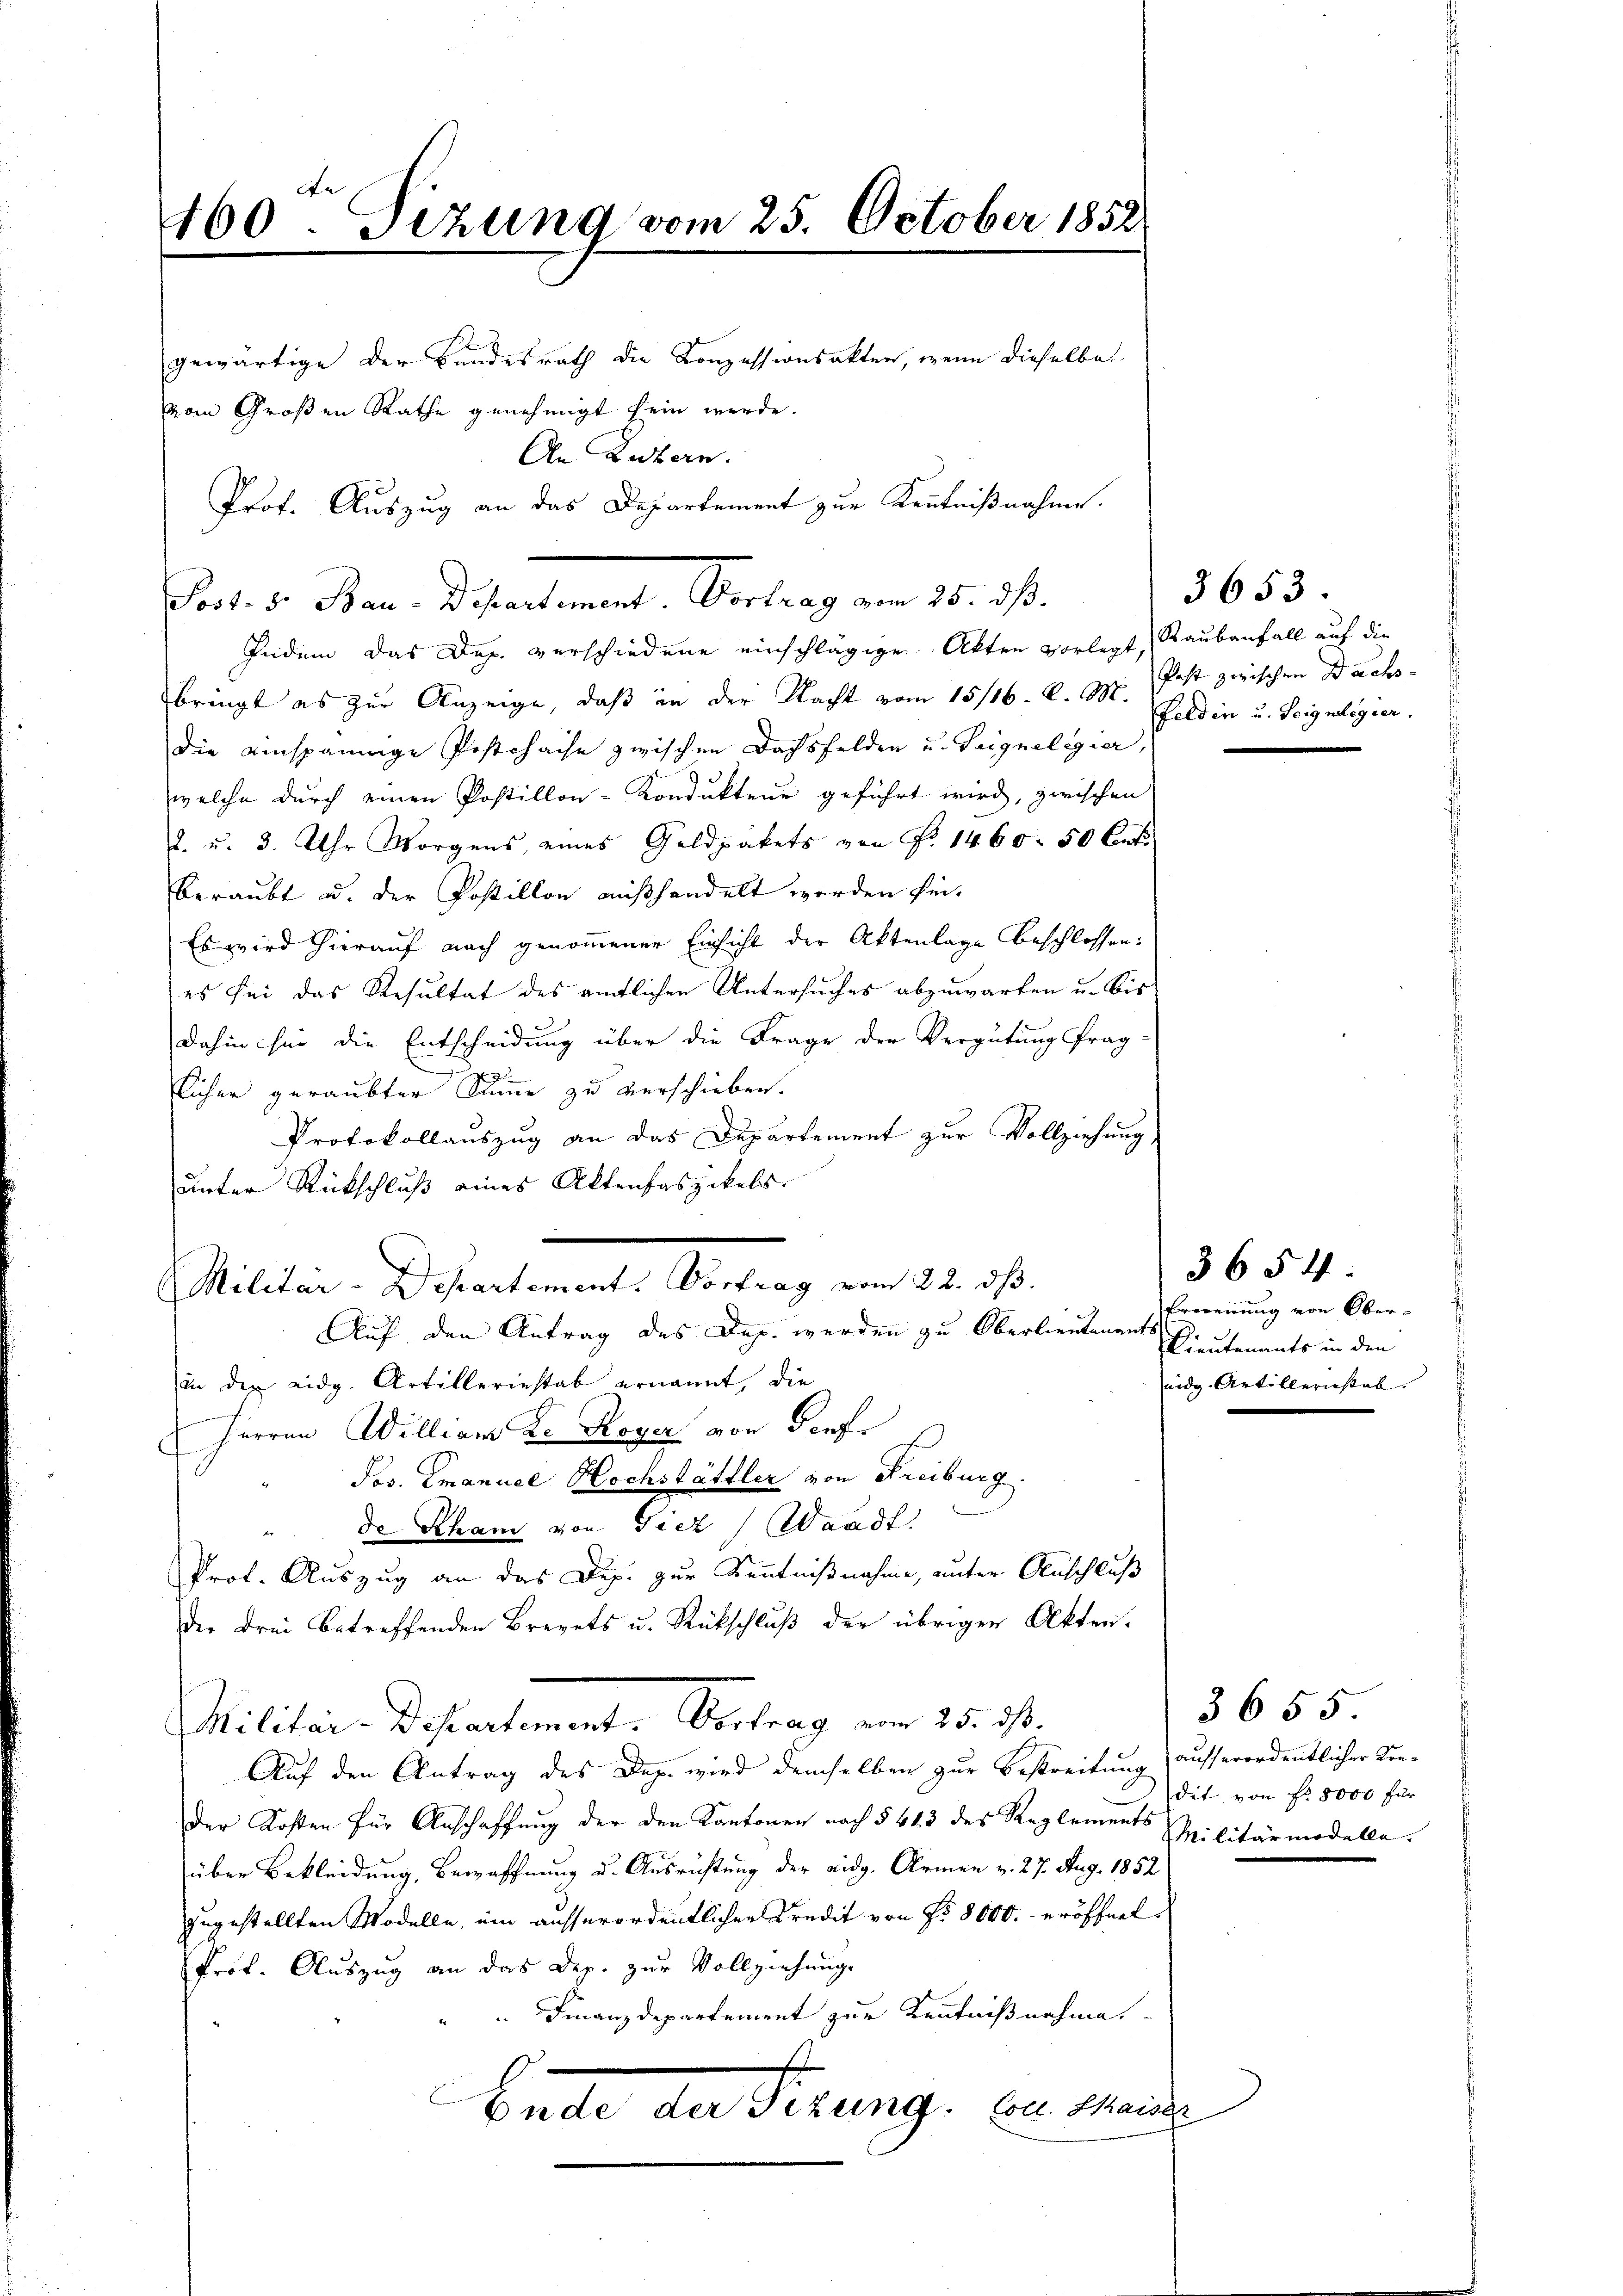
4460. Sizung vom 25. October 1852

gewärtige der Bundesrath die Konzessionsakter, wenn dieselbe
vom Großen Rathe genehmigt sein werde.
An Luzern.

Vort. 5. Bau-Departement. Vortrag am 15. d.

Pedem das Dop. verschiedene einschlägige Akten vorlegt,
bringt es zur Anzeige, daß in der Nacht vom 15/16. A. 997. Past zwischen Dachsdie einspännige Postchache zwischen Dachsfelden u. Seignelegier,
welche durch einen Postillon-Konduktene geführt wird, zwischen
2. u. 3. Uhr Morgens eines Geldpakets von Fr. 1460. 50 Centi
beraubt u. der Postillon außhandelt worden sei.
Es wird hierauf nach genommener Einsicht der Aktenlage beschlossen:
es sei das Resultat des amtlichen Untersuches abzuwarten u. bis
dahin für die Entscheidung über die Frage der Vergütung frag-
licher geraubter Summe zu verschieben.
Protokollauszug an das Departement zur Vollziehung
unter Rückschluß eines Aktenfaszikels.
Militar-Departement. Vortrag vom 22. dβ.
Auf den Antrag des Dep. werden zu Oberlieutenants
in der eidg. Artilleriestab ernannt, die
Herren William de Roger von Genf
Jos. Emanuel Hochstättler von Freiburg.
de Scham von Tier Waadt.
Prot. Auszug an das Dip. zur Kenntnißnahme, unter Anschluß
der drei betreffenden Brevets u. Rückschluß der übrigen Akten.
Militair Departement. Vertrag vom 25. ist.
Auf den Antrag des Dep. wird demselben zur Bestreitung (ausserordentlicher Kre¬
Der Kosten für Anschaffung der den Kantonen nach § 413 des Reglements Militärmodellaüber Bekleidung, Bewaffnung u. Ausrichtung der eidg. Armen v. 27. Aug. 1852
zugestellten Modelle, um ausserordentlichen Kredit von Nr. 8000.- eröffnet,
Prof. Auszug an das Dep. zur Vollziehung
Finanzdepartement zur Kenntnißnahme,
Bude an Serung ein meinde

Prof. Auszug an das Departement zur Kenntnißnahme.

3653.
Raubanfall auf die
Feldin u. Teigelegier.

3654
Erwrennung von Ober¬
Dieutenants in den
eidg. Artilleristab.

3655
dit von Nr. 8000 für